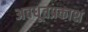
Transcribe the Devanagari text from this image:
अवधूतप्रकाश